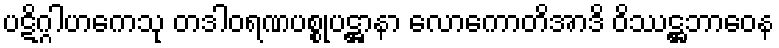
ပဋိဂ္ဂါဟကေသု တဒါဝရဏပစ္စုပဋ္ဌာနာ လောကောတိအာဒိ ဝိဿဋ္ဌဘာဝေန